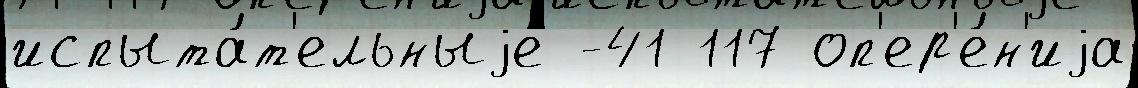
испыта́т'ельныjе -41 117 оп'ер'е́н'иjа